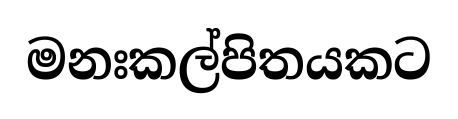
මනඃකල්පිතයකට